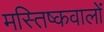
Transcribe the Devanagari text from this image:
मस्तिष्कवालों